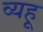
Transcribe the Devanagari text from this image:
व्यहू